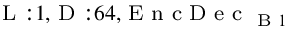
_ { \textrm { L } : 1 , \textrm { D } : 6 4 , \textrm { E n c D e c } _ { \textrm { B } 1 } }